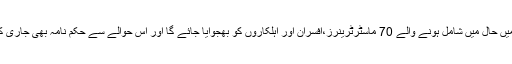
ڈولفن فورس میں حال میں شامل ہونے والے 70 ماسٹرٹرینرز،افسران اور اہلکاروں کو بھجوایا جائے گا اور اس حوالے سے حکم نامہ بھی جاری کر دیا گیا ہے۔